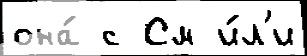
она́ с См и́л'и